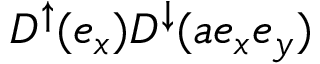
D ^ { \uparrow } ( e _ { x } ) D ^ { \downarrow } ( a e _ { x } e _ { y } )